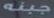
جبنه